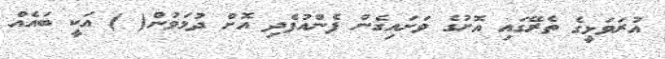
އުރަވަޅީގެ ތެރޭގައި އޮށުގެ ވަށައިގެން ފެންއުފެދި އޮށް ދުޅަވުން( ) އަކީ ބައެއް